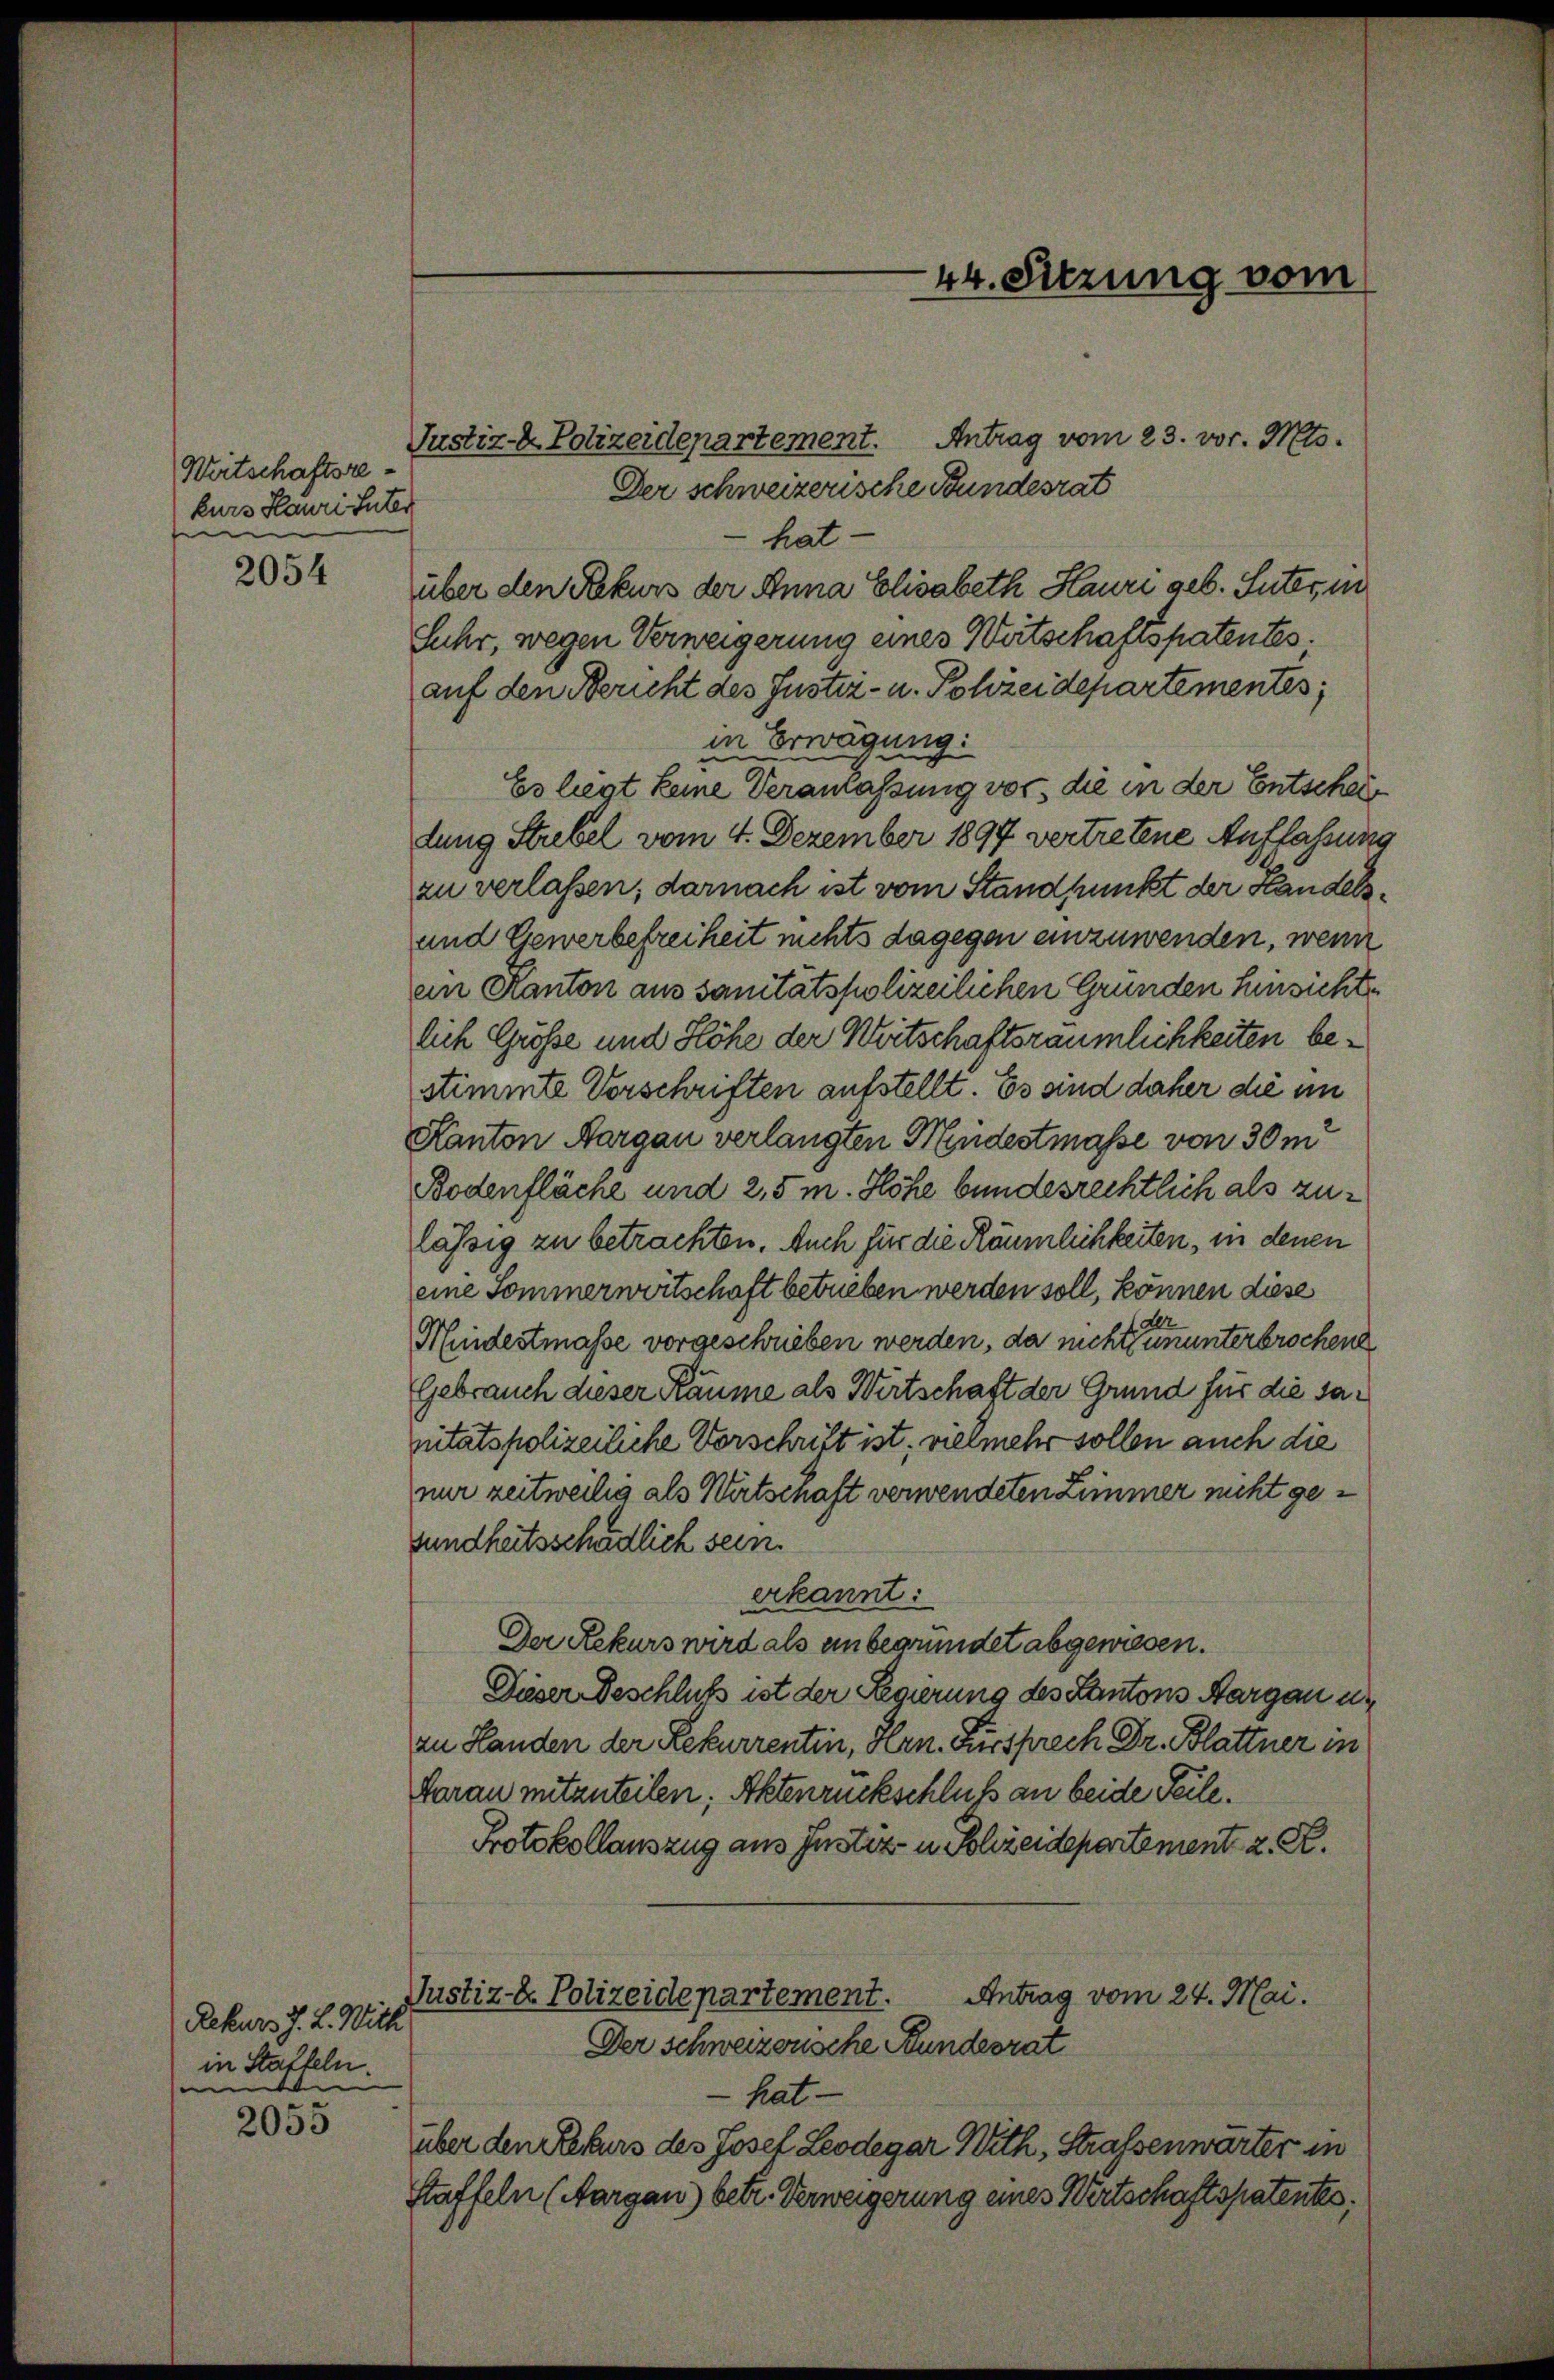
Weitschaftsre
kurs Hauri Suter
e

2054

Rekurs J. L. Witt
in Statteln.
e

2055

Justiz- Polizeidepartement. Antrag vom 23. vor. Mts.
Der schweizerische Bundesrat
hat.
über den Rekurs der Anna Elisabeth Hauri geb. Suter, in
Suhr, wegen Verweigerung eines Wertschaftspatentes.
auf den Bericht des Justiz- u. Schreidepartementes,
in Erwägung:
Es liegt keine Versmassung vor, die in der Entschei
dung Strebel vom 4. Dezember 1897 vertretene Auffassung
zu verlassen; darnach ist vom Standpunkt der Handels¬
und Gewerbefreiheit nichts dagegen einzuwenden, wenn
ein Kanton aus sanitätspolizeilichen Grunden hinsichte
lich Größe und Höhe der Wirtschaftsräumlichkeiten bestimmte Vorschriften aufstellt. Es sind daher die im
Kanton Aargau verlangten Mindestmasse von 30 m
Bodenfläche und 2,5 m. Höhe bundesrechtlich als zulässig zu betrachten. Auch für die Räumlichkeiten, in denen
eine Sommerwertschaft betrieben werden soll, können diese
Mindestmasse vorgeschrieben werden, da nicht seine unterbrochene
Gebrauch dieser Räume als Wirtschaft der Grund für die sanitätspolizeiliche Vorschrift ist, vielmehr sollen auch die
nur zeitweilig als Wirtschaft verwendeten Zimmer nicht gesundheitsschädlich sein.
erkannt:
Der Rekurs wird als unbegründet abgewiesen.
Dieser Beschluß ist der Regierung des Kantons Aargau un
an Handen der Rekurrentin, Hrn. Fürsprech Dr. Blattner in
Horan mitzuteilen; Aktenrückschluß an beide Teile.
Protokollauszug aus Instiz u. Schreidepartement z. R.
Antrag vom 24. Mai.
Justiz- & Polizeidepartement.
Der schweizerische Bundesrat
hat. —
über den Rekurs des Josef Leodegar With, Strafsenwarter in
Staffeln (Aargau) betr. Verweigerung eines Wirtschaftspatentes:

44. Sitzung vom